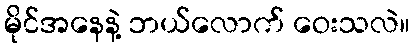
မိုင်အနေနဲ့ ဘယ်လောက် ဝေးသလဲ။